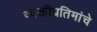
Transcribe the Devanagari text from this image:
व्यक्तीप्रतिमांचे